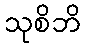
သုစိဘိ